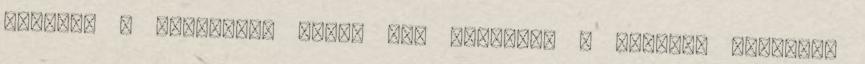
helyett a következő címen fog rendelni a pénteki napokon: